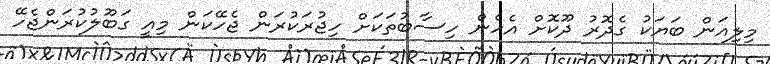
މިލިއަން ބަޔަކު ގެދޮރު ދޫކޮށް އެހެން ހިސާބުތަކަށް ހިޖުރަކުރަން ޖެހޭކަން މިއީ ގަބޫލުކުރަންޖެހޭ